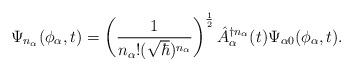
LaTeX: \begin{align*}\Psi_{n_\alpha} (\phi_\alpha,t) = \left(\frac{1}{n_\alpha ! (\sqrt{\hbar})^{n_\alpha}}\right)^{\frac{1}{2}}\hat{A}_\alpha^{\dagger n_\alpha}(t)\Psi_{\alpha 0} (\phi_\alpha,t).\end{align*}